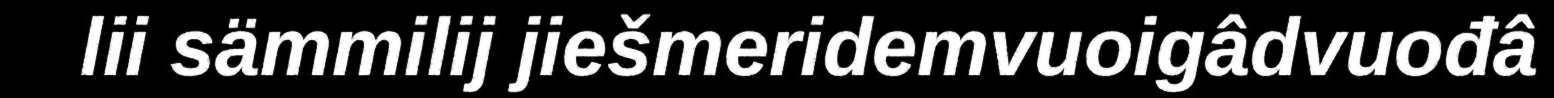
lii sämmilij jiešmeridemvuoigâdvuođâ